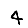
Digit: 4